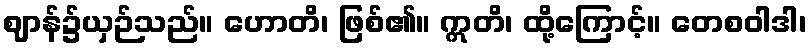
ဈာန်၌ယှဉ်သည်။ ဟောတိ၊ ဖြစ်၏။ ဣတိ၊ ထို့ကြောင့်။ တေစဝါဒါ၊